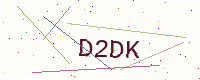
Text: D2DK